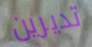
تديرين